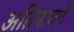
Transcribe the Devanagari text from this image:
अतिपावनें